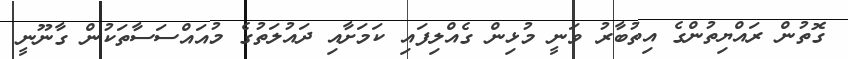
ގޮތުން ރައްޔިތުންގެ އިތުބާރު ވަނީ މުޅިން ގެއްލިފައި ކަމަށާއި ދައުލަތުގެ މުއައްސަސާތަކުން ގާނޫނީ